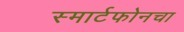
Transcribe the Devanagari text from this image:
स्मार्टफोनचा